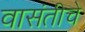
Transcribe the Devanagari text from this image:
वासंतीचे